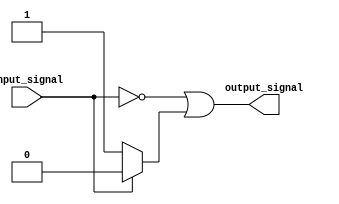
module open_drain_inverter(
    input wire input_signal,
    output reg output_signal
);

reg pull_down;
assign output_signal = ~input_signal | pull_down;

always @(input_signal) begin
    if(input_signal == 1'b0) begin
        pull_down = 1'b1;
    end else begin
        pull_down = 1'b0;
    end
end

endmodule